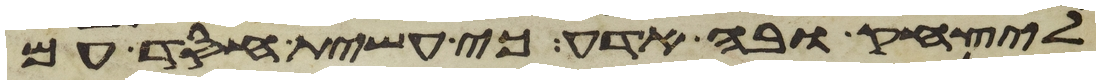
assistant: ליצחק ובה אדע כי עשית חסד עם